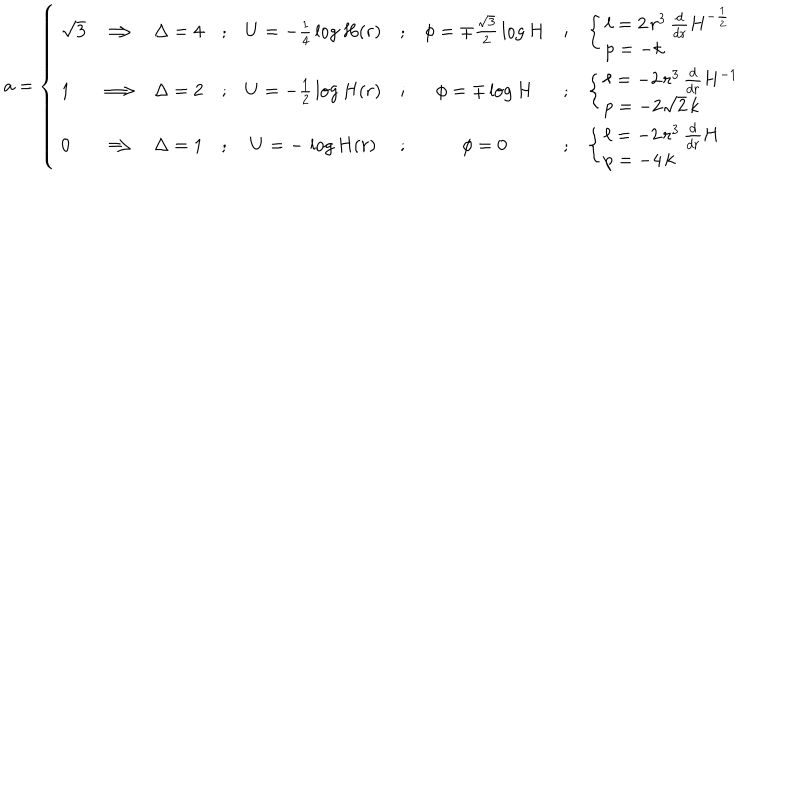
a = \left\{ \left\{ \begin{cases} { { { \begin{array} { l c c c c c c c l } { { \sqrt { 3 } } } & { { \Longrightarrow } } & { { \Delta = 4 } } & { { ; } } & { { U = - \frac { 1 } { 4 } \, \log H ( r ) } } & { { ; } } & { { \phi = \mp \frac { \sqrt { 3 } } { 2 } \, \log H } } & { { ; } } & { { \left\{ \left\{ \begin{cases} { { \ell = 2 \, r ^ { 3 } \, \frac { d } { d r } H ^ { - \frac { 1 } { 2 } } } } \\ { { p = - k } } \\ \end{cases} \right. \right. } } \\ { { 1 } } & { { \Longrightarrow } } & { { \Delta = 2 } } & { { ; } } & { { U = - \frac { 1 } { 2 } \, \log H ( r ) } } & { { ; } } & { { \phi = \mp \log H } } & { { ; } } & { { \left\{ \left\{ \begin{cases} { { \ell = - 2 \, r ^ { 3 } \, \frac { d } { d r } H ^ { - 1 } } } \\ { { p = - 2 \sqrt { 2 } \, k } } \\ \end{cases} \right. \right. } } \\ { { 0 } } & { { \Longrightarrow } } & { { \Delta = 1 } } & { { ; } } & { { U = - \, \log H ( r ) } } & { { ; } } & { { \phi = 0 } } & { { ; } } & { { \left\{ \left\{ \begin{cases} { { \ell = - 2 \, r ^ { 3 } \, \frac { d } { d r } H } } \\ { { p = - 4 \, k } } \\ \end{cases} \right. \right. } } \\ \end{array} } } } \\ \end{cases} \right. \right.